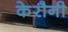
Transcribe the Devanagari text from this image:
केरौनी